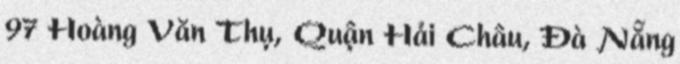
97 Hoàng Văn Thụ, Quận Hải Châu, Đà Nẵng